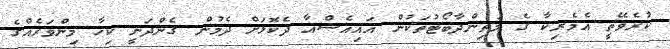
ކުރެވޭތީ އެމެރިކާ ގެ މަތިންދާބޯޓުތަކުން އައިއެސްއާ ދެކޮޅަށް ދެމުން ގެންދަނީ ކިހާ މިންވަރެއްގެ